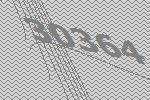
30364